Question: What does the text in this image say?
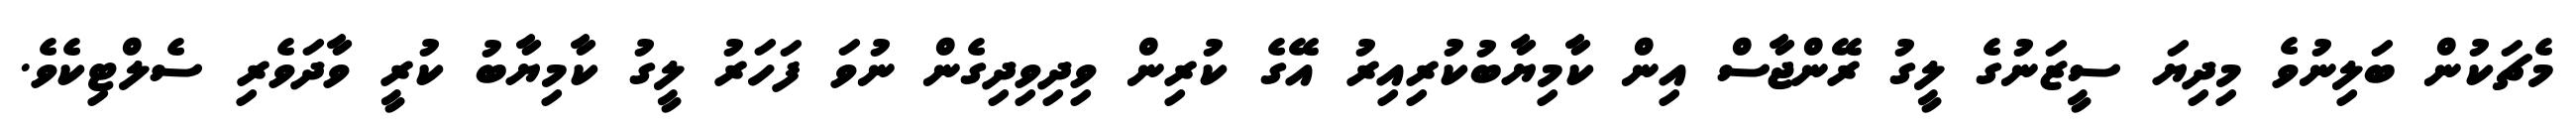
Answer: މެޗަކުން ބަލިނުވެ މިދިޔަ ސީޒަނުގެ ލީގު ރޭންޖާސް އިން ކާމިޔާބުކުރިއިރު އޭގެ ކުރިން ވިދިވިދިގެން ނުވަ ފަހަރު ލީގު ކާމިޔާބު ކުރީ ވާދަވެރި ސެލްޓިކެވެ.